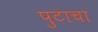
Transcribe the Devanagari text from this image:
पुटाचा